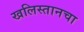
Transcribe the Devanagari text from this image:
खलिस्तानचा